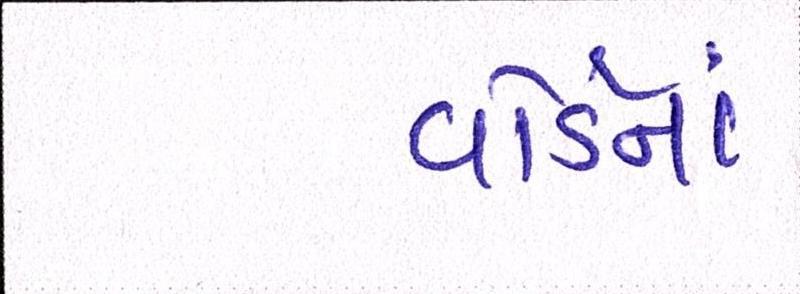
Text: વોર્ડનાં